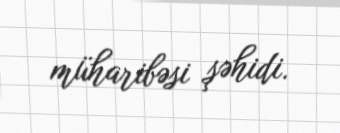
müharibəsi şəhidi.